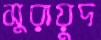
সুরায়ুদ